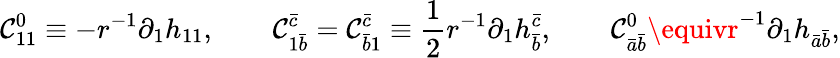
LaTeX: \mathcal{C}_{11}^{0}\equiv-r^{-1}\partial_{1}h_{11},\qquad\mathcal{C}_{1\bar{{b}}}^{\bar{{c}}}=\mathcal{C}_{\bar{{b}}1}^{\bar{{c}}}\equiv{\frac{{1}}{{2}}}r^{-1}\partial_{1}h_{\bar{{b}}}^{\bar{{c}}},\qquad\mathcal{C}_{\bar{{a}}\bar{{b}}}^{0}\equivr^{-1}\partial_{1}h_{\bar{{a}}\bar{{b}}},